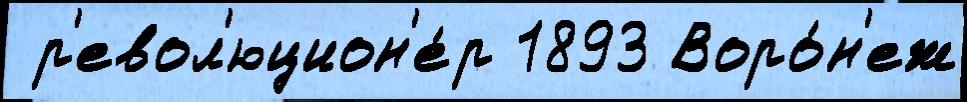
 р'евол'юцион'е́р 1893 Воро́н'еж